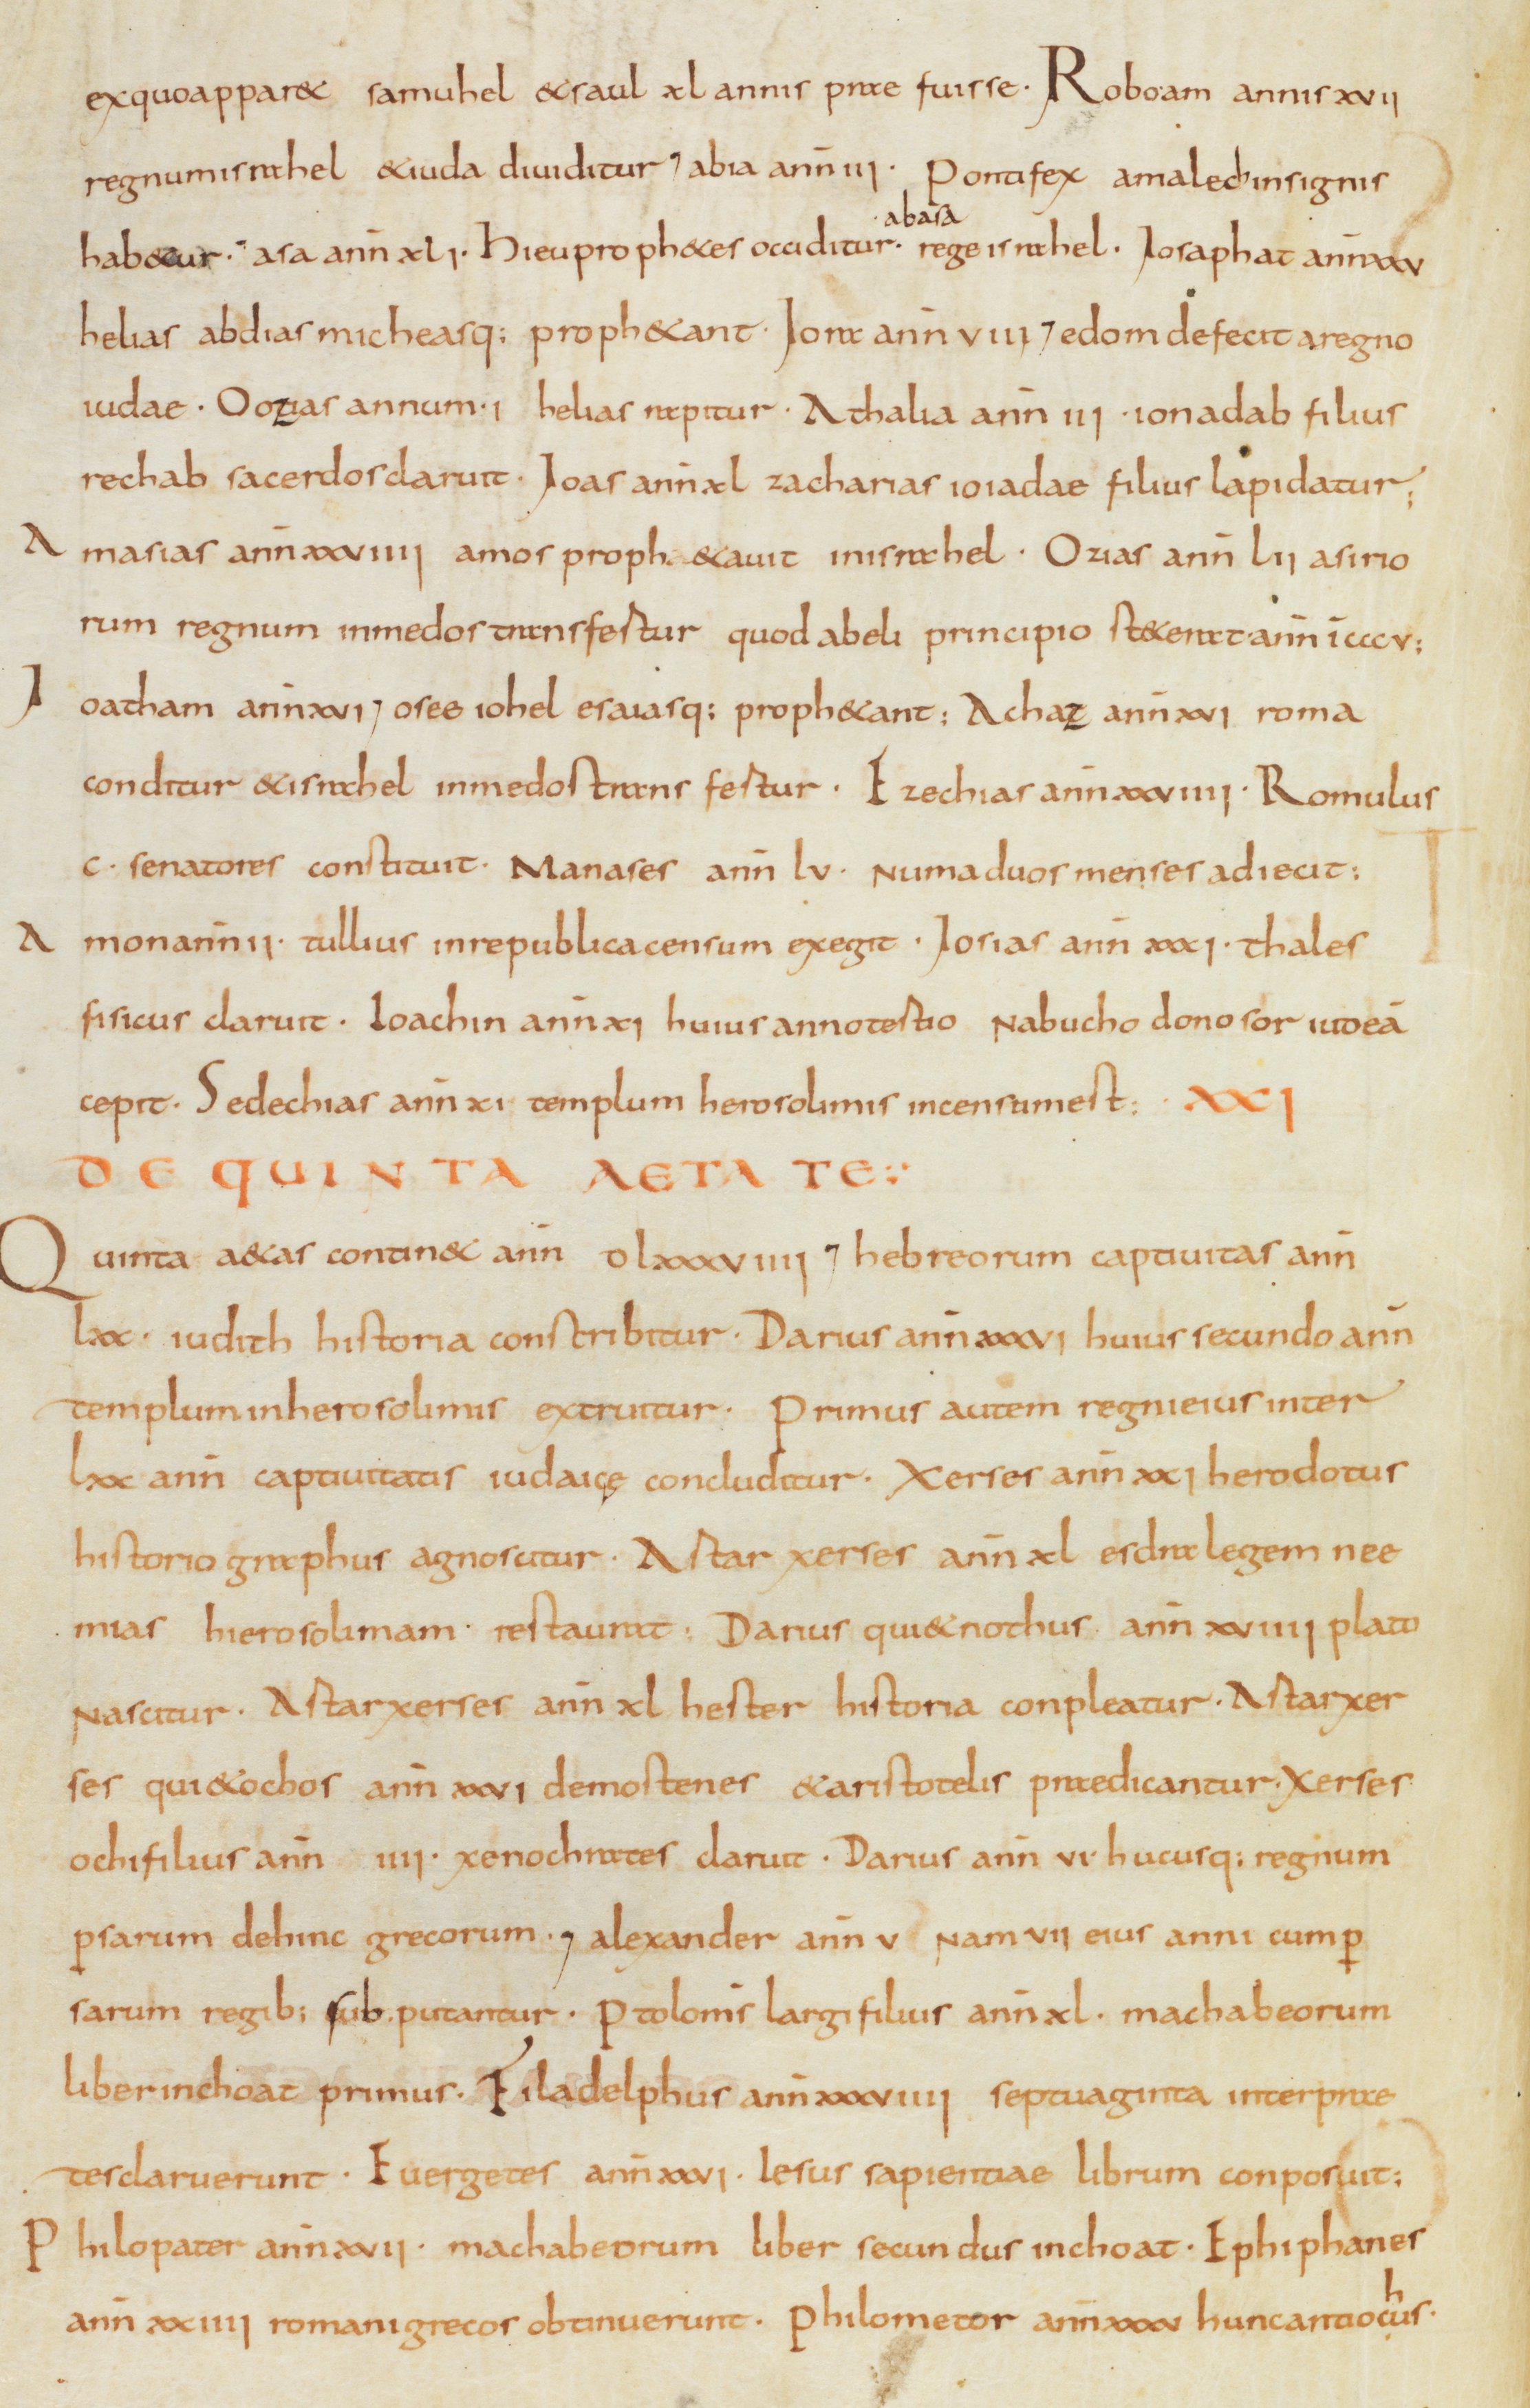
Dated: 810–840